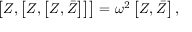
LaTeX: \left[ Z , \left[ Z , \left[ Z , \bar { Z } \right] \right] \right] = \omega ^ { 2 } \left[ Z , \bar { Z } \right] ,